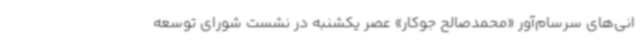
انی‌های سرسام‌آور «محمدصالح جوکار» عصر یکشنبه در نشست شورای توسعه